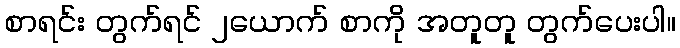
စာရင်း တွက်ရင် ၂ယောက် စာကို အတူတူ တွက်ပေးပါ။